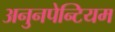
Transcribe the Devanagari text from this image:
अनुनपेन्टियम